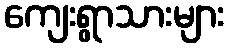
ကျေးရွာသားများ